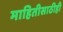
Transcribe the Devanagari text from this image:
माहितीसाठीही